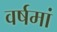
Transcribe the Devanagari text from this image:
वर्षमां